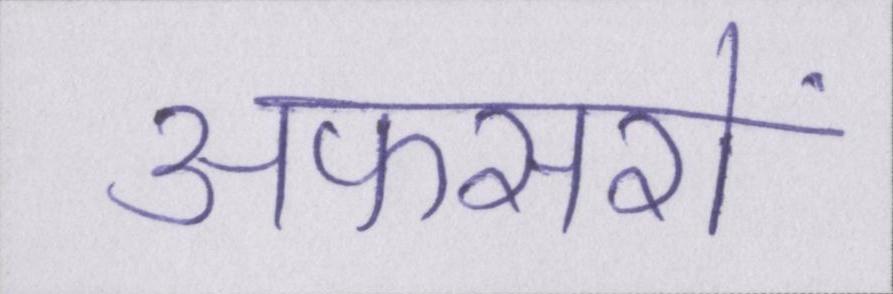
अफसरों